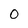
Character: 0